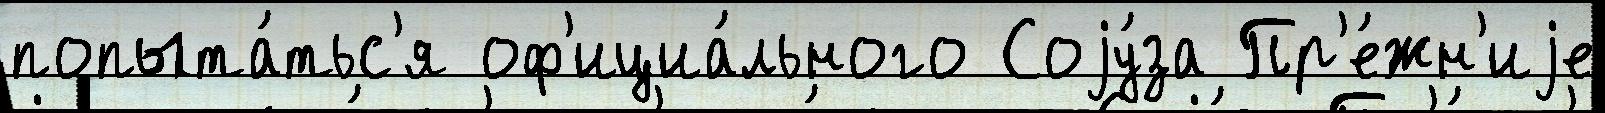
попыта́тьс'я оф'ициа́льного Соjу́за Пр'е́жн'иjе